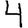
Digit: 4